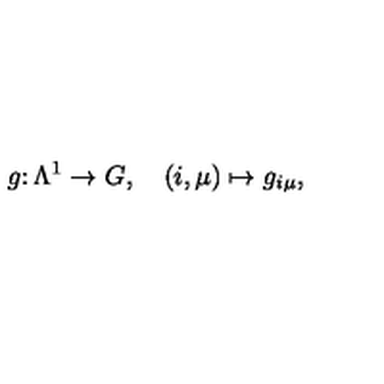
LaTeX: g \colon \Lambda ^ { 1 } \to G , \quad ( i , \mu ) \mapsto g _ { i \mu } ,